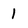
Character: 1